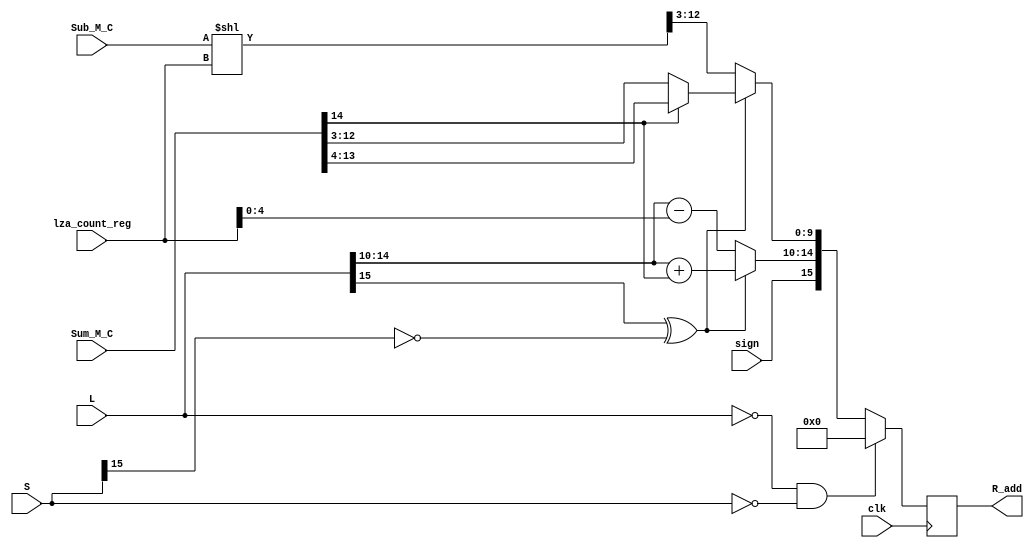
module adder(R_add, L, S, sign, Sum_M_C, Sub_M_C,lza_count_reg,clk );

input clk;
input [15:0] L, S;              //output of module "compare
input sign;                      //get sign of final result
input [14:0] Sum_M_C;            //sum of mantissa(15bits)'
input [13:0] Sub_M_C;           //subtract of mantissa(14bits)'
reg [13:0] Sub_M_CS;                    //create a new sub for shifting
input [13:0] lza_count_reg;               //count leading zero 
output reg [15:0] R_add;               //result for adder




always @(posedge clk)
begin
if (L==0 &  S==0)
  begin
  R_add=16'b0;
  end
  else begin
if (L[15]^S[15]==0)           //both are positive or negative
 begin
R_add[15]=sign;                     //assign sign 
R_add[14:10]=L[14:10]+Sum_M_C[14];  //exponent +1, if the sum of mantissa is larger than 2
 if (Sum_M_C[14]==1)
 begin
 R_add[9:0]=Sum_M_C[13:4];
 end 
 else begin
 R_add[9:0]=Sum_M_C[12:3];            //assign mantissa
 end
 end 
 else begin                        //two numbers have diferent sign
R_add[15]=sign;
R_add[14:10]=L[14:10]-lza_count_reg;
Sub_M_CS[13:0]=(Sub_M_C[13:0]<<lza_count_reg);
R_add[9:0]=Sub_M_CS[12:3];          
end
end
end
endmodule